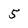
Character: 5